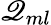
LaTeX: \mathscr{Q}_{ml}